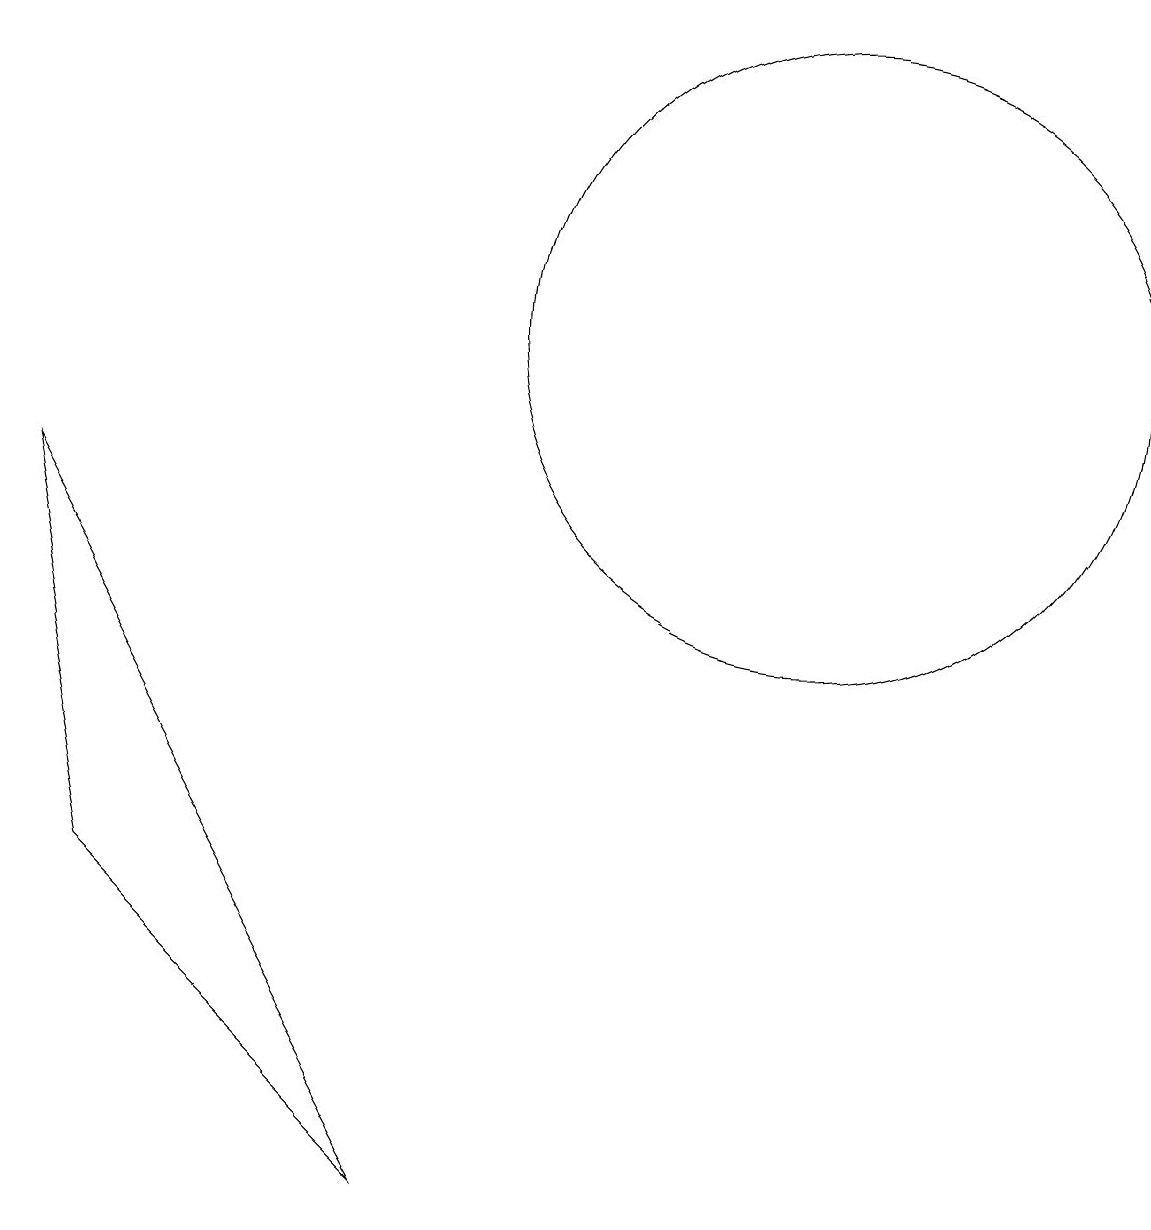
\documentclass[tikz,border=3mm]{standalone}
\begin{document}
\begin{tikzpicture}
\draw (10,11) circle (4);
\draw (5,0) -- (0,9) -- (1,4) -- cycle;
\draw (11,11) circle (0);
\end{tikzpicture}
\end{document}